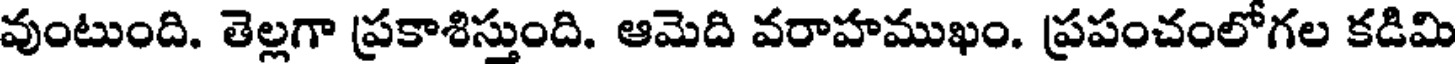
వుంటుంది. తెల్లగా ప్రకాశిస్తుంది. ఆమెది వరాహముఖం. ప్రపంచంలోగల కడిమి